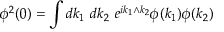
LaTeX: \phi ^ { 2 } ( 0 ) = \int d k _ { 1 } \ d k _ { 2 } \ e ^ { i k _ { 1 } \wedge k _ { 2 } } \phi ( k _ { 1 } ) \phi ( k _ { 2 } )